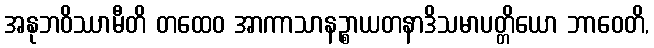
အနုဘဝိဿာမီတိ တထေဝ အာကာသာနဉ္စာယတနာဒိသမာပတ္တိယော ဘာဝေတိ,